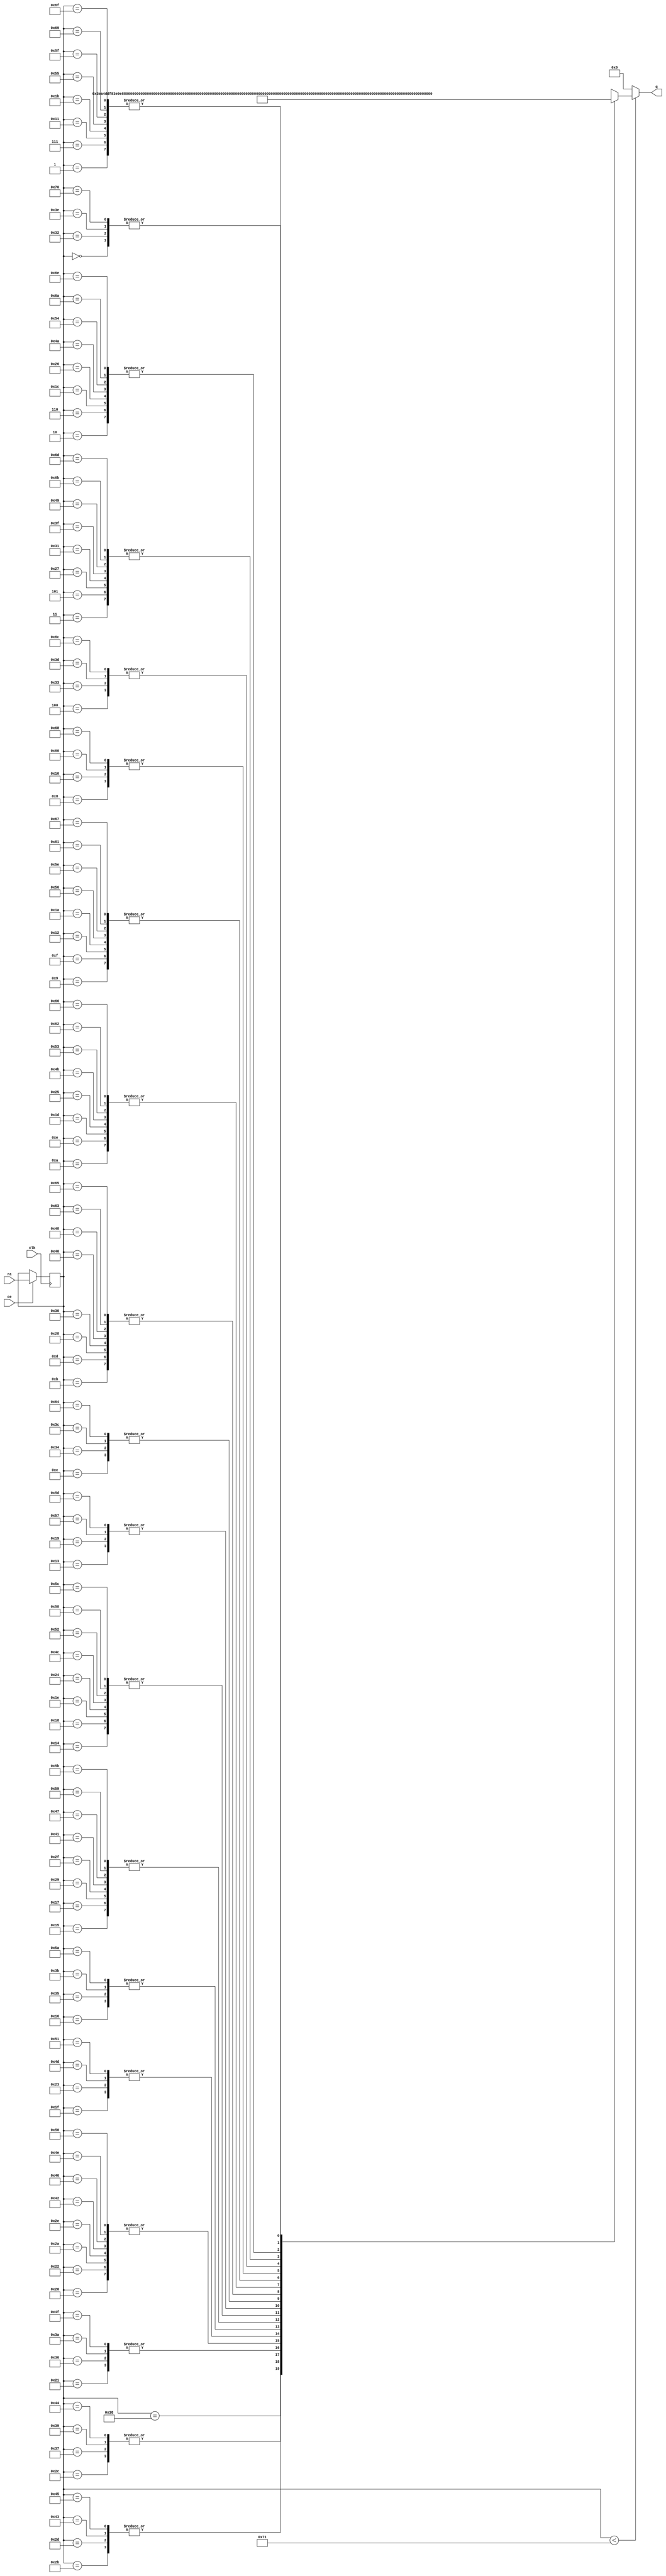
// ==============================================================
// File generated by AutoESL - High-Level Synthesis System (C, C++, SystemC)
// Version: 2011.1
// Copyright (C) 2011 Xilinx Inc. All rights reserved.
// 
// ==============================================================



`timescale 1 ns / 1 ps




module SURFdescriptor_wts_core (q, ra, ce, clk
);
   parameter READ_PORT_COUNT=32'd1;
   parameter WRITE_PORT_COUNT=32'd1;
   parameter DATA_WIDTH=32'd32;
   parameter ADDRESS_WIDTH=32'd7;
   parameter WORD_COUNT=32'd113;

   output [READ_PORT_COUNT*DATA_WIDTH-1:0] q;
   input [READ_PORT_COUNT*ADDRESS_WIDTH-1:0]  ra;
   input [READ_PORT_COUNT-1:0]  ce;
   input                                      clk;

   integer                                    i,j,k;

   wire [DATA_WIDTH-1:0]                       mem [0:WORD_COUNT-1];
   reg [ADDRESS_WIDTH-1:0]                    rat;
   reg [ADDRESS_WIDTH-1:0]                    rai [READ_PORT_COUNT-1:0];
   reg [ADDRESS_WIDTH-1:0]                    rai_reg [READ_PORT_COUNT-1:0];
   reg [READ_PORT_COUNT*DATA_WIDTH-1:0]       qi;
   reg [DATA_WIDTH-1:0]                       qt;


    assign mem[0] = 32'b00111110001011100001111100111010;
    assign mem[1] = 32'b00111101110011010001111110100011;
    assign mem[2] = 32'b00111110000011100000011110100011;
    assign mem[3] = 32'b00111110001011101000000100000010;
    assign mem[4] = 32'b00111110001110110010110111010011;
    assign mem[5] = 32'b00111110001011101000000100000010;
    assign mem[6] = 32'b00111110000011100000011110100011;
    assign mem[7] = 32'b00111101110011010001111110100011;
    assign mem[8] = 32'b00111101101101110101101101100110;
    assign mem[9] = 32'b00111101111111000010110110101110;
    assign mem[10] = 32'b00111110001001011000111010101000;
    assign mem[11] = 32'b00111110010001100000100000000111;
    assign mem[12] = 32'b00111110010100101011010011011001;
    assign mem[13] = 32'b00111110010001100000100000000111;
    assign mem[14] = 32'b00111110001001011000111010101000;
    assign mem[15] = 32'b00111101111111000010110110101110;
    assign mem[16] = 32'b00111101101101110101101101100110;
    assign mem[17] = 32'b00111101110011010001111110100011;
    assign mem[18] = 32'b00111101111111000010110110101110;
    assign mem[19] = 32'b00111110001000000111111111101101;
    assign mem[20] = 32'b00111110010001111111011110111110;
    assign mem[21] = 32'b00111110011010000111000100011101;
    assign mem[22] = 32'b00111110011101010001110111101111;
    assign mem[23] = 32'b00111110011010000111000100011101;
    assign mem[24] = 32'b00111110010001111111011110111110;
    assign mem[25] = 32'b00111110001000000111111111101101;
    assign mem[26] = 32'b00111101111111000010110110101110;
    assign mem[27] = 32'b00111101110011010001111110100011;
    assign mem[28] = 32'b00111110000011100000011110100011;
    assign mem[29] = 32'b00111110001001011000111010101000;
    assign mem[30] = 32'b00111110010001111111011110111110;
    assign mem[31] = 32'b00111110011011110110111110001111;
    assign mem[32] = 32'b00111110100001111111010001110111;
    assign mem[33] = 32'b00111110100011100100101011100000;
    assign mem[34] = 32'b00111110100001111111010001110111;
    assign mem[35] = 32'b00111110011011110110111110001111;
    assign mem[36] = 32'b00111110010001111111011110111110;
    assign mem[37] = 32'b00111110001001011000111010101000;
    assign mem[38] = 32'b00111110000011100000011110100011;
    assign mem[39] = 32'b00111110001011101000000100000010;
    assign mem[40] = 32'b00111110010001100000100000000111;
    assign mem[41] = 32'b00111110011010000111000100011101;
    assign mem[42] = 32'b00111110100001111111010001110111;
    assign mem[43] = 32'b00111110100110000011000100100111;
    assign mem[44] = 32'b00111110100111101000011110010000;
    assign mem[45] = 32'b00111110100110000011000100100111;
    assign mem[46] = 32'b00111110100001111111010001110111;
    assign mem[47] = 32'b00111110011010000111000100011101;
    assign mem[48] = 32'b00111110010001100000100000000111;
    assign mem[49] = 32'b00111110001011101000000100000010;
    assign mem[50] = 32'b00111110001011100001111100111010;
    assign mem[51] = 32'b00111110001110110010110111010011;
    assign mem[52] = 32'b00111110010100101011010011011001;
    assign mem[53] = 32'b00111110011101010001110111101111;
    assign mem[54] = 32'b00111110100011100100101011100000;
    assign mem[55] = 32'b00111110100111101000011110010000;
    assign mem[56] = 32'b00111110101001001101110111111000;
    assign mem[57] = 32'b00111110100111101000011110010000;
    assign mem[58] = 32'b00111110100011100100101011100000;
    assign mem[59] = 32'b00111110011101010001110111101111;
    assign mem[60] = 32'b00111110010100101011010011011001;
    assign mem[61] = 32'b00111110001110110010110111010011;
    assign mem[62] = 32'b00111110001011100001111100111010;
    assign mem[63] = 32'b00111110001011101000000100000010;
    assign mem[64] = 32'b00111110010001100000100000000111;
    assign mem[65] = 32'b00111110011010000111000100011101;
    assign mem[66] = 32'b00111110100001111111010001110111;
    assign mem[67] = 32'b00111110100110000011000100100111;
    assign mem[68] = 32'b00111110100111101000011110010000;
    assign mem[69] = 32'b00111110100110000011000100100111;
    assign mem[70] = 32'b00111110100001111111010001110111;
    assign mem[71] = 32'b00111110011010000111000100011101;
    assign mem[72] = 32'b00111110010001100000100000000111;
    assign mem[73] = 32'b00111110001011101000000100000010;
    assign mem[74] = 32'b00111110000011100000011110100011;
    assign mem[75] = 32'b00111110001001011000111010101000;
    assign mem[76] = 32'b00111110010001111111011110111110;
    assign mem[77] = 32'b00111110011011110110111110001111;
    assign mem[78] = 32'b00111110100001111111010001110111;
    assign mem[79] = 32'b00111110100011100100101011100000;
    assign mem[80] = 32'b00111110100001111111010001110111;
    assign mem[81] = 32'b00111110011011110110111110001111;
    assign mem[82] = 32'b00111110010001111111011110111110;
    assign mem[83] = 32'b00111110001001011000111010101000;
    assign mem[84] = 32'b00111110000011100000011110100011;
    assign mem[85] = 32'b00111101110011010001111110100011;
    assign mem[86] = 32'b00111101111111000010110110101110;
    assign mem[87] = 32'b00111110001000000111111111101101;
    assign mem[88] = 32'b00111110010001111111011110111110;
    assign mem[89] = 32'b00111110011010000111000100011101;
    assign mem[90] = 32'b00111110011101010001110111101111;
    assign mem[91] = 32'b00111110011010000111000100011101;
    assign mem[92] = 32'b00111110010001111111011110111110;
    assign mem[93] = 32'b00111110001000000111111111101101;
    assign mem[94] = 32'b00111101111111000010110110101110;
    assign mem[95] = 32'b00111101110011010001111110100011;
    assign mem[96] = 32'b00111101101101110101101101100110;
    assign mem[97] = 32'b00111101111111000010110110101110;
    assign mem[98] = 32'b00111110001001011000111010101000;
    assign mem[99] = 32'b00111110010001100000100000000111;
    assign mem[100] = 32'b00111110010100101011010011011001;
    assign mem[101] = 32'b00111110010001100000100000000111;
    assign mem[102] = 32'b00111110001001011000111010101000;
    assign mem[103] = 32'b00111101111111000010110110101110;
    assign mem[104] = 32'b00111101101101110101101101100110;
    assign mem[105] = 32'b00111101110011010001111110100011;
    assign mem[106] = 32'b00111110000011100000011110100011;
    assign mem[107] = 32'b00111110001011101000000100000010;
    assign mem[108] = 32'b00111110001110110010110111010011;
    assign mem[109] = 32'b00111110001011101000000100000010;
    assign mem[110] = 32'b00111110000011100000011110100011;
    assign mem[111] = 32'b00111101110011010001111110100011;
    assign mem[112] = 32'b00111110001011100001111100111010;


   // Split read addresses
   always @ (ra) begin
      for (i=0;i<READ_PORT_COUNT;i=i+1) begin
         for (j=0;j<ADDRESS_WIDTH;j=j+1) begin
            rat[j]=ra[i*ADDRESS_WIDTH+j];
         end
         rai[i]=rat;
      end
   end

   // guide read addresses using CE
   always @ (posedge clk) begin
      for (i=0;i<READ_PORT_COUNT;i=i+1) begin
         if ( ce[i] ) begin
            rai_reg[i] <= rai[i];
         end
      end
   end


   // Memory read
    genvar x;
    generate
        for (x = 0; x < READ_PORT_COUNT; x = x + 1) begin : gen_q
            assign q[x*DATA_WIDTH+DATA_WIDTH-1:x*DATA_WIDTH] = (rai_reg[x]<WORD_COUNT)?
                mem[rai_reg[x]] : {DATA_WIDTH{1'b0}};
        end
    endgenerate

endmodule


module SURFdescriptor_wts (
    address0,
    ce0,
    q0,


    clk);


parameter DataWidth = 32'd32;
parameter AddressRange = 32'd113;
parameter AddressWidth = 32'd7;

input[AddressWidth-1:0] address0;
input ce0;
output[DataWidth-1:0] q0;
input clk;


reg[DataWidth-1:0] q0;
wire[1 * DataWidth - 1:0] mem_q;
wire[DataWidth - 1:0] mem_q0;
wire[1 * AddressWidth - 1:0]  mem_ra;
wire[1 - 1:0]  mem_ce;


SURFdescriptor_wts_core #(
    .READ_PORT_COUNT( 1 ),
    .WRITE_PORT_COUNT( 1 ),
    .DATA_WIDTH( DataWidth ),
    .ADDRESS_WIDTH( AddressWidth ),
    .WORD_COUNT( AddressRange ))
core_inst (
    .q( mem_q ),
    .ra( mem_ra ),
    .ce( mem_ce ),
    .clk( clk ));


assign mem_q0 =  mem_q[1 * DataWidth - 1 : 0 * DataWidth];

always @ (mem_q0) begin
        q0 = mem_q0;
end

assign mem_ra = {address0};
assign mem_ce = {ce0};

endmodule